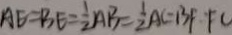
A E = B E = \frac { 1 } { 2 } A B = \frac { 1 } { 2 } A C = B F F C